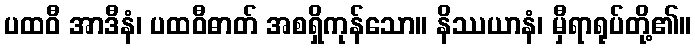
ပထဝီ အာဒီနံ၊ ပထဝီဓာတ် အစရှိကုန်သော။ နိဿယာနံ၊ မှီရာရုပ်တို့၏။